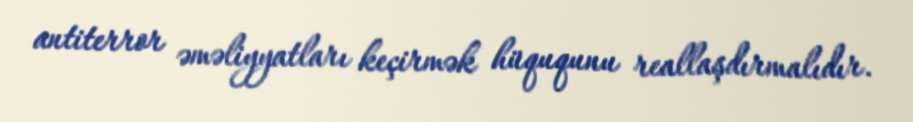
antiterror əməliyyatları keçirmək hüququnu reallaşdırmalıdır.